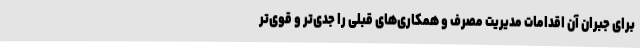
برای جبران آن اقدامات مدیریت مصرف و همکاری‌های قبلی را جدی‌تر و قوی‌تر